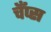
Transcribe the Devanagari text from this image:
चँप्स